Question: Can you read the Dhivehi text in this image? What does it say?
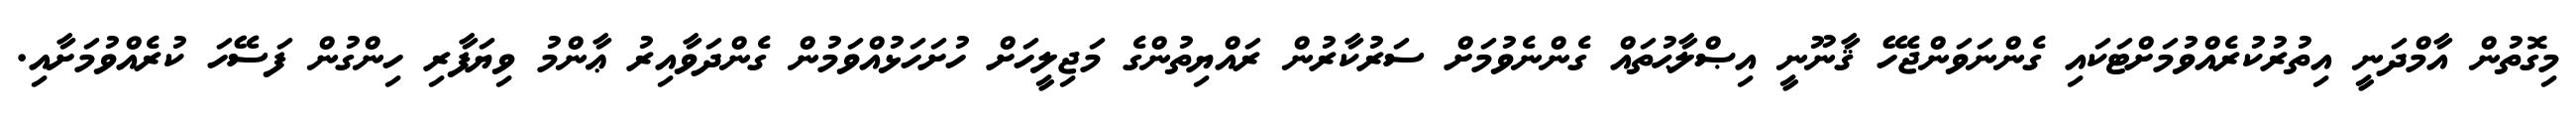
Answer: މިގޮތުން އާމްދަނީ އިތުރުކުރެއްވުމަށްޓަކައި ގެންނަވަންޖެހޭ ޤާނޫނީ އިޞްލާޙުތައް ގެންނެވުމަށް ސަރުކާރުން ރައްޔިތުންގެ މަޖިލީހަށް ހުށަހަޅުއްވަމުން ގެންދަވާއިރު ޢާންމު ވިޔަފާރި ހިންގުން ފަސޭހަ ކުރެއްވުމަށާއި.